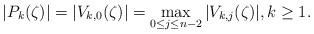
LaTeX: \begin{align*} \vert P_{k}(\zeta)\vert = \vert V_{k,0}(\zeta)\vert = \max_{0\leq j\leq n-2} \vert V_{k,j}(\zeta)\vert, k\geq 1.\end{align*}